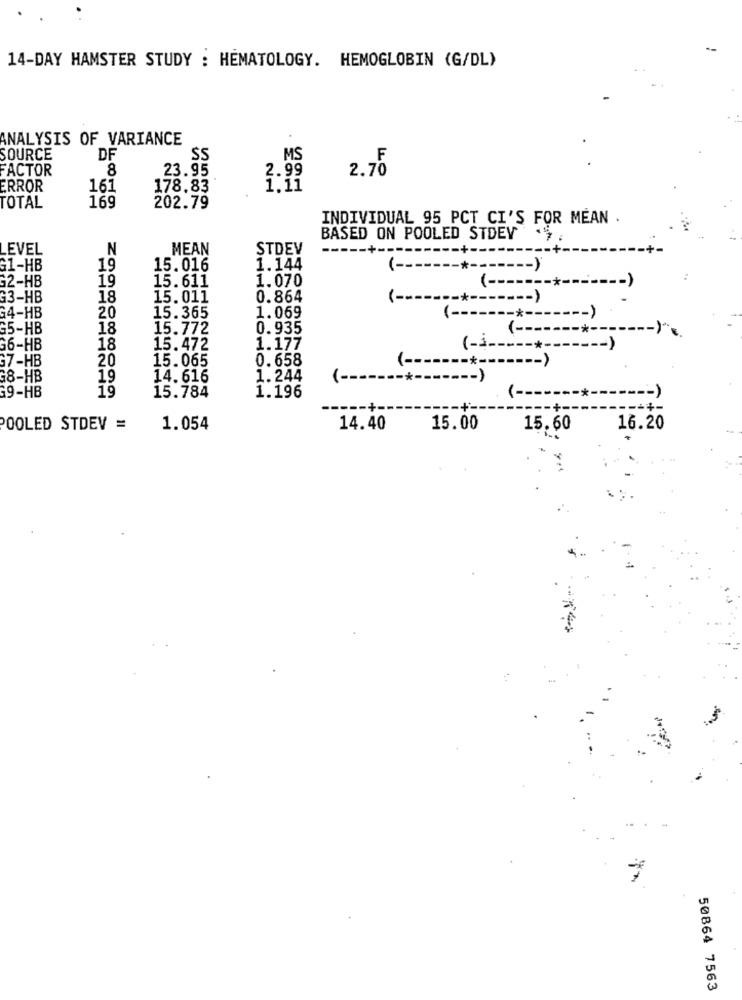
14-DAY HAMSTER STUDY : HEMATOLOGY. HEMOGLOBIN (G/DL)
ANALYSIS OF VARIANCE
SOURCE
DF
SS
MS
F
FACTOR
8
23.95
2.99
2.70
ERROR
161
178.83
1.11
169
TOTAL
202.79
INDIVIDUAL 95 PCT CI'S FOR MEAN .
BASED ON POOLED STDEY
.EVEL
N
MEAN
STDEV
G1-HB
19
15.016
1.144
( ---
---.
*--
-)
19
15.611
1.070
G2-HB
1-
13-HB
18
15.011
0.864
( --
-- )
G4-HB
20
15.365
1.069
1-
G5-HB
18
15.772
0.935
( -------*
G6-HB
18
15.472
1.177
(-4 ----- + ------- )
G7-HB
20
15.065
0.658
( -------*----
G8-HB
19
14. 616
1.244
( -------------
G9-HB
19
15.784
1.196
(-
-+-
POOLED STDEV =
1.054
14.40
15.00
15.60
16.20
50864 7563